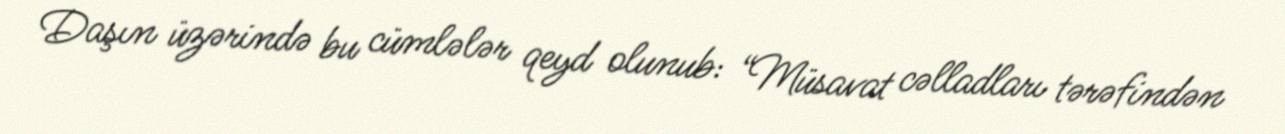
Daşın üzərində bu cümlələr qeyd olunub: “Müsavat cəlladları tərəfindən